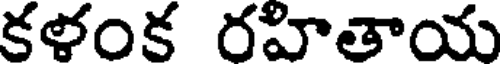
కళంక రహితాయ